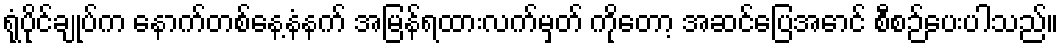
ရုံပိုင်ချုပ်က နောက်တစ်နေ့နံနက် အမြန်ရထားလက်မှတ် ကိုတော့ အဆင်ပြေအောင် စီစဉ်ပေးပါသည်။